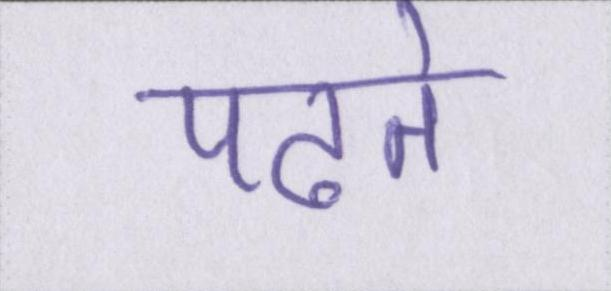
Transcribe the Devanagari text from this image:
पढते